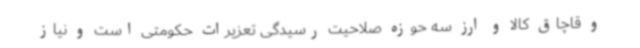
و قاچاق کالا و ارز سه حوزه صلاحیت رسیدگی تعزیرات حکومتی است و نیاز